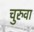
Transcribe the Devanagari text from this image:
चुरुवा